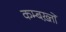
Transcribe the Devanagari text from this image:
कम्बख़्तों